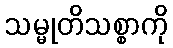
သမ္မုတိသစ္စာကို